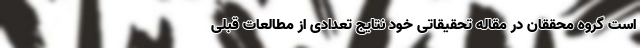
است گروه محققان در مقاله تحقیقاتی خود نتایج تعدادی از مطالعات قبلی